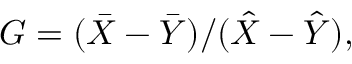
G = ( \bar { X } - \bar { Y } ) / ( \hat { X } - \hat { Y } ) ,